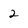
Character: 2